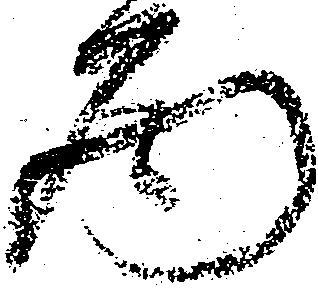
巻